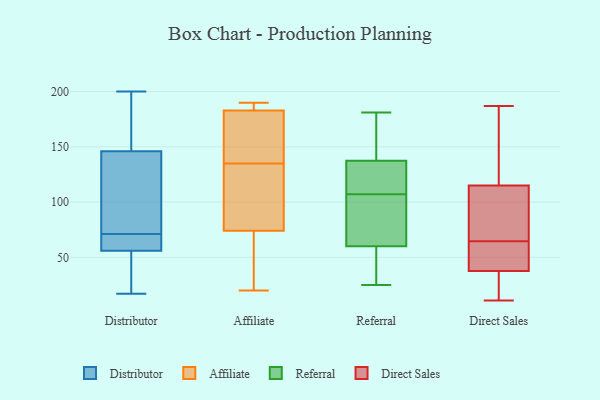
{"axis": {"x": "Bounce Rate (%)", "y": "Value"}, "legend": ["Affiliate", "Direct Sales", "Distributor", "Referral"], "data": [{"x": "", "y": 146, "type": "Distributor"}, {"x": "", "y": 200, "type": "Distributor"}, {"x": "", "y": 46, "type": "Distributor"}, {"x": "", "y": 181, "type": "Distributor"}, {"x": "", "y": 120, "type": "Distributor"}, {"x": "", "y": 64, "type": "Distributor"}, {"x": "", "y": 56, "type": "Distributor"}, {"x": "", "y": 58, "type": "Distributor"}, {"x": "", "y": 78, "type": "Distributor"}, {"x": "", "y": 17, "type": "Distributor"}, {"x": "", "y": 98, "type": "Affiliate"}, {"x": "", "y": 74, "type": "Affiliate"}, {"x": "", "y": 174, "type": "Affiliate"}, {"x": "", "y": 184, "type": "Affiliate"}, {"x": "", "y": 190, "type": "Affiliate"}, {"x": "", "y": 171, "type": "Affiliate"}, {"x": "", "y": 70, "type": "Affiliate"}, {"x": "", "y": 184, "type": "Affiliate"}, {"x": "", "y": 81, "type": "Affiliate"}, {"x": "", "y": 121, "type": "Affiliate"}, {"x": "", "y": 20, "type": "Affiliate"}, {"x": "", "y": 183, "type": "Affiliate"}, {"x": "", "y": 188, "type": "Affiliate"}, {"x": "", "y": 152, "type": "Affiliate"}, {"x": "", "y": 73, "type": "Affiliate"}, {"x": "", "y": 51, "type": "Affiliate"}, {"x": "", "y": 149, "type": "Affiliate"}, {"x": "", "y": 98, "type": "Affiliate"}, {"x": "", "y": 134, "type": "Referral"}, {"x": "", "y": 153, "type": "Referral"}, {"x": "", "y": 67, "type": "Referral"}, {"x": "", "y": 48, "type": "Referral"}, {"x": "", "y": 139, "type": "Referral"}, {"x": "", "y": 156, "type": "Referral"}, {"x": "", "y": 181, "type": "Referral"}, {"x": "", "y": 34, "type": "Referral"}, {"x": "", "y": 53, "type": "Referral"}, {"x": "", "y": 25, "type": "Referral"}, {"x": "", "y": 85, "type": "Referral"}, {"x": "", "y": 121, "type": "Referral"}, {"x": "", "y": 98, "type": "Referral"}, {"x": "", "y": 75, "type": "Referral"}, {"x": "", "y": 136, "type": "Referral"}, {"x": "", "y": 116, "type": "Referral"}, {"x": "", "y": 14, "type": "Direct Sales"}, {"x": "", "y": 11, "type": "Direct Sales"}, {"x": "", "y": 187, "type": "Direct Sales"}, {"x": "", "y": 26, "type": "Direct Sales"}, {"x": "", "y": 131, "type": "Direct Sales"}, {"x": "", "y": 80, "type": "Direct Sales"}, {"x": "", "y": 109, "type": "Direct Sales"}, {"x": "", "y": 34, "type": "Direct Sales"}, {"x": "", "y": 121, "type": "Direct Sales"}, {"x": "", "y": 87, "type": "Direct Sales"}, {"x": "", "y": 60, "type": "Direct Sales"}, {"x": "", "y": 11, "type": "Direct Sales"}, {"x": "", "y": 54, "type": "Direct Sales"}, {"x": "", "y": 78, "type": "Direct Sales"}, {"x": "", "y": 69, "type": "Direct Sales"}, {"x": "", "y": 41, "type": "Direct Sales"}, {"x": "", "y": 132, "type": "Direct Sales"}, {"x": "", "y": 55, "type": "Direct Sales"}, {"x": "", "y": 181, "type": "Direct Sales"}, {"x": "", "y": 50, "type": "Direct Sales"}]}